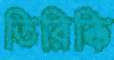
তিরিক্কি